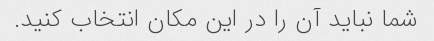
شما نباید آن را در این مکان انتخاب کنید.